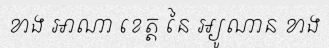
ខាង អាណា ខេត្ត នៃ អ្យូណាន ខាង